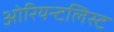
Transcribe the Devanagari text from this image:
ओरियन्टलिस्ट